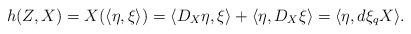
LaTeX: \begin{align*} h(Z,X) = X(\langle\eta,\xi\rangle) = \langle D_X\eta,\xi\rangle + \langle \eta,D_X\xi\rangle = \langle \eta,d\xi_qX\rangle.\end{align*}